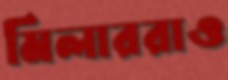
মিলাররাও